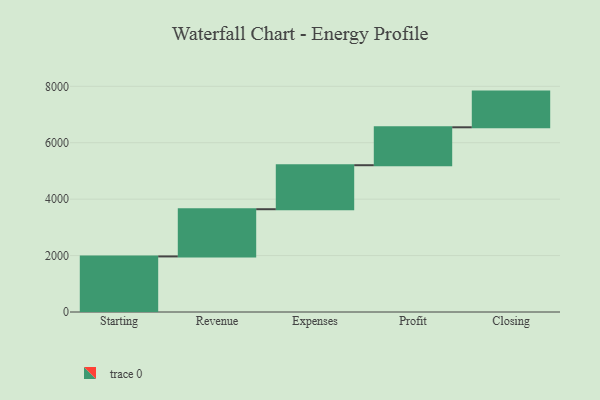
{"axis": {"x": "Step", "y": "Value"}, "legend": [""], "data": [{"x": "Starting", "y": 1970.0, "type": ""}, {"x": "Revenue", "y": 1673.0, "type": ""}, {"x": "Expenses", "y": 1560.0, "type": ""}, {"x": "Profit", "y": 1344.0, "type": ""}, {"x": "Closing", "y": 1265.0, "type": ""}]}